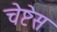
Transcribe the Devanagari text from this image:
चेष्टेस